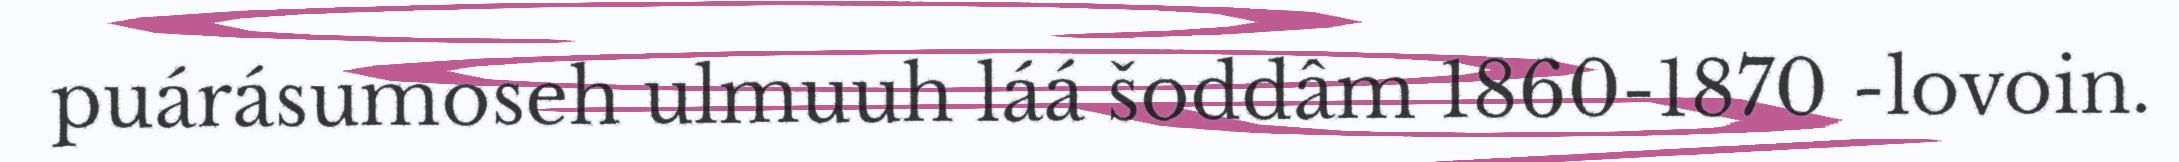
puárásumoseh ulmuuh láá šoddâm 1860-1870 -lovoin.